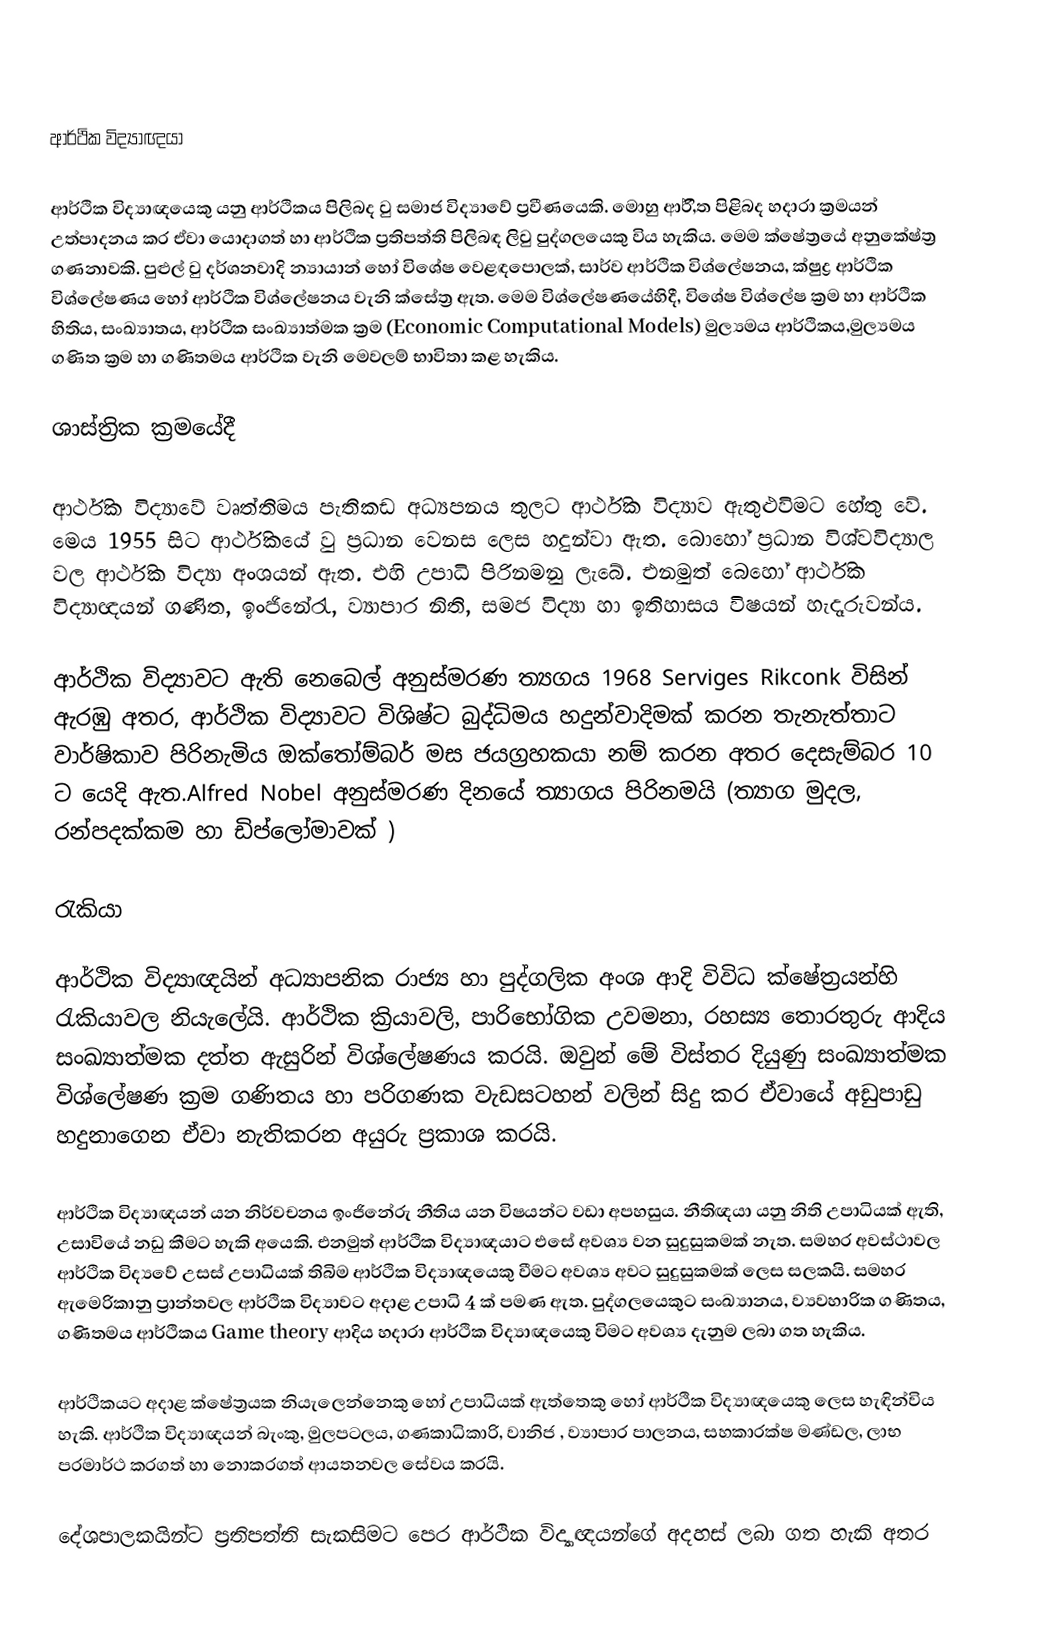

ආර්ථික විද්‍යාඥයා

ආර්ථික විද්‍යාඥයෙකු යනු ආර්ථිකය පිලිබද වු සමාජ විද්‍යාවේ ප්‍රවීණයෙකි. මොහු ආර්,ිත පිළිබද හදාරා ක්‍රමයන් උත්පාදනය කර ඒවා යොදාගත් හා ආර්ථික ප්‍රතිපත්ති පිලිබඳ ලිවු පුද්ගලයෙකු විය හැකිය. මෙම ක්ෂේත්‍රයේ අනුකේෂ්ත්‍ර ගණනාවකි. පුළුල් වු දර්ශනවාදි න්‍යායාන් හෝ විශේෂ වෙළඳපොලක්, සාර්ව ආර්ථික විශ්ලේෂනය, ක්ෂුද්‍ර ආර්ථික විශ්ලේෂණය හෝ ආර්ථික විශ්ලේෂනය වැනි ක්සේත්‍ර ඇත. මෙම විශ්ලේෂණයේහිදී, විශේෂ විශ්ලේෂ ක්‍රම හා ආර්ථික හිතිය, සංඛ්‍යාතය, ආර්ථික සංඛ්‍යාත්මක ක්‍රම (Economic Computational Models) මුල්‍යමය ආර්ථිකය,මුල්‍යමය ගණිත ක්‍රම හා ගණිතමය ආර්ථික වැනි මෙවලම් භාවිතා කළ හැකිය.

ශාස්ත්‍රික ක්‍රමයේදී

ආර්ථික විද්‍යාවේ වෘත්තිමය පැතිකඩ අධ්‍යපනය තුලට ආර්ථික විද්‍යාව ඇතුළුවිමට හේතු වේ. මෙය 1955 සිට ආර්ථිකයේ වු ප්‍රධාන වෙනස ලෙස හදුන්වා ඇත. බොහෝ ප්‍රධාන විශ්වවිද්‍යාල වල ආර්ථික විද්‍යා අංශයන් ඇත. එහි උපාධි පිරිනමනු ලැබේ. එනමුත් බෙහෝ ආර්ථික විද්‍යාඥයන් ගණිත, ඉංජිනේරැ, ව්‍යාපාර නිති, සමජ විද්‍යා හා ඉතිහාසය විෂයන් හැදෑරුවන්ය.

ආර්ථික විද්‍යාවට ඇති නෙබෙල් අනුස්මරණ ත්‍යගය 1968 Serviges Rikconk විසින් ඇරඹු අතර, ආර්ථික විද්‍යාවට විශිෂ්ට බුද්ධිමය හදුන්වාදිමක් කරන තැනැත්තාට වාර්ෂිකාව පිරිනැමිය ඔක්තෝම්බර් මස ජයග්‍රහකයා නම් කරන අතර දෙසැම්බර 10 ට යෙදි ඇත.Alfred Nobel අනුස්මරණ දිනයේ ත්‍යාගය පිරිනමයි (ත්‍යාග මුදල, රන්පදක්කම හා ඩිප්ලෝමාවක් )

රැකියා

ආර්ථික විද්‍යාඥයින් අධ්‍යාපනික රාජ්‍ය හා පුද්ගලික අංශ ආදි විවිධ ක්ෂේත්‍රයන්හි රැකියාවල නියැලේයි. ආර්ථික ක්‍රියාවලි, පාරිභෝගික උවමනා, රහස්‍ය තොරතුරු ආදිය සංඛ්‍යාත්මක දත්ත ඇසුරින් විශ්ලේෂණය කරයි. ඔවුන් මේ විස්තර දියුණු සංඛ්‍යාත්මක විශ්ලේෂණ ක්‍රම ගණිතය හා පරිගණක වැඩසටහන් වලින් සිදු කර ඒවායේ අඩුපාඩු හදුනාගෙන ඒවා නැතිකරන අයුරු ප්‍රකාශ කරයි.

ආර්ථික විද්‍යාඥයන් යන නිර්වචනය ඉංජිනේරු නීතිය යන විෂයන්ට වඩා අපහසුය. නීතිඥයා යනු නිති උපාධියක් ඇති, උසාවියේ නඩු කීමට හැකි අයෙකි. එනමුත් ආර්ථික විද්‍යාඥයාට එසේ අවශ්‍ය වන සුදුසුකමක් නැත. සමහර අවස්ථාවල ආර්ථික විද්‍යවේ උසස් උපාධියක් තිබිම ආර්ථික විද්‍යාඥ‍යෙකු වීමට අවශ්‍ය අවට සුදුසුකමක් ලෙස සලකයි. සමහර ඇමෙරිකානු ප්‍රාන්තවල ආර්ථික විද්‍යාවට අදාළ උපාධි 4 ක් පමණ ඇත. පුද්ගලයෙකුට සංඛ්‍යානය, ව්‍යවහාරික ගණිතය, ගණිතමය ආර්ථිකය Game theory ආදිය හදාරා ආර්ථික විද්‍යාඥයෙකු විමට අවශ්‍ය දැනුම ලබා ගත හැකිය.

ආර්ථිකයට අදාළ ක්ෂේත්‍රයක නියැලෙන්නෙකු හෝ උපාධියක් ඇත්තෙකු හෝ ආර්ථික විද්‍යාඥයෙකු ලෙස හැඳින්විය හැකි. ආර්ථික විද්‍යාඥයන් බැංකු, මුලපටලය, ගණකාධිකාරි, වානිජ , ව්‍යාපාර පාලනය, සහකාරක්ෂ මණ්ඩල, ලාභ පරමාර්ථ කරගත් හා නොකරගත් ආයතනවල සේවය කරයි.

දේශපාලකයින්ට ප්‍රතිපත්ති සැකසිමට පෙර ආර්ථික විද්‍යාඥයන්ගේ අදහස් ලබා ගත හැකි අතර